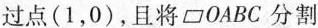
过点(1，0)，且将□OABC分割